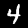
Digit: 4